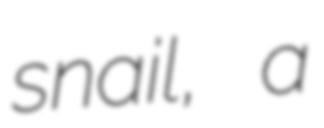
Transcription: snail, a